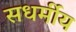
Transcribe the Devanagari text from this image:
सधर्मीय